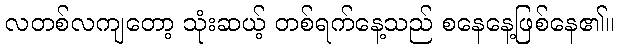
လတစ်လကျတော့ သုံးဆယ့် တစ်ရက်နေ့သည် စနေနေ့ဖြစ်နေ၏။